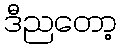
ဒီညတော့